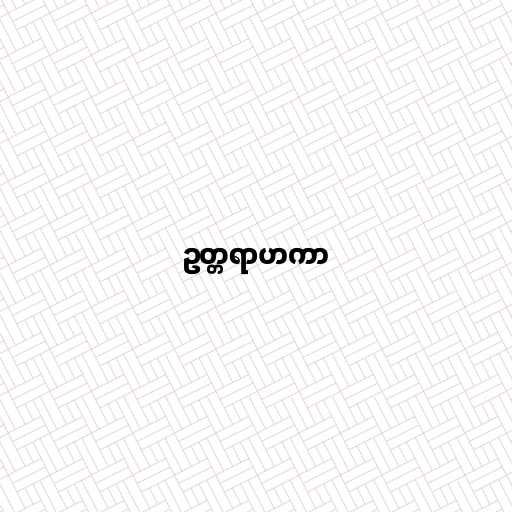
ဥတ္တရာဟကာ